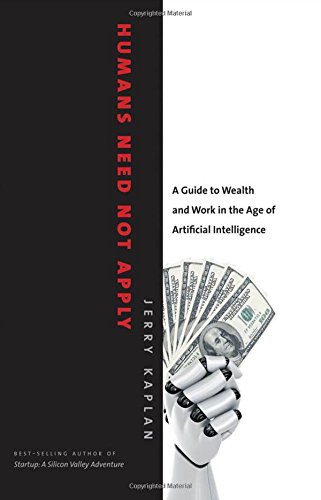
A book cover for Humans Need Not Apply: A Guide to Wealth and Work in the Age of Artificial Intelligence; Jerry Kaplan; Computers & Technology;